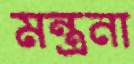
মন্ত্রনা